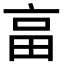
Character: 畗